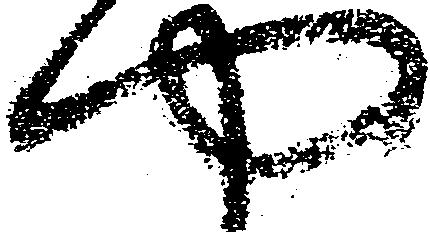
や